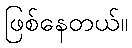
ဖြစ်နေတယ်။